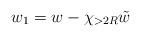
LaTeX: \begin{align*}w_1 = w - \chi_{>2R} \tilde w\end{align*}